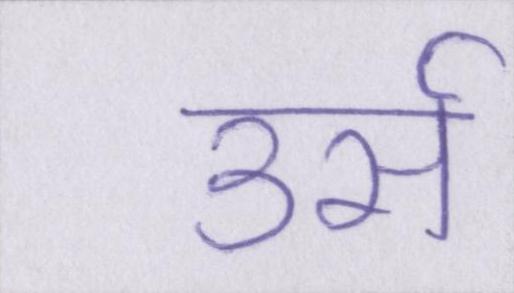
उर्स